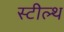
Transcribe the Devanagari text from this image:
स्‍टील्‍थ